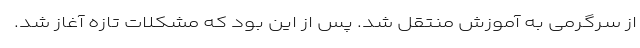
از سرگرمی به آموزش منتقل شد. پس از این بود که مشکلات تازه آغاز شد.